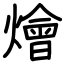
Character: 燴